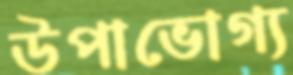
উপাভোগ্য